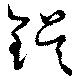
鋘